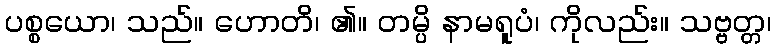
ပစ္စယော၊ သည်။ ဟောတိ၊ ၏။ တမ္ပိ နာမရူပံ၊ ကိုလည်း။ သဗ္ဗတ္တ၊